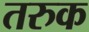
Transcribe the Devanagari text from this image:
तरुक